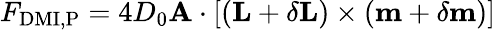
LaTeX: F_{\mathrm{DMI,P}}=4D_{0}\mathbf{A}\cdot\left[\left(\mathbf{L}+\delta\mathbf{L}\right)\times\left(\mathbf{m}+\delta\mathbf{m}\right)\right]